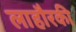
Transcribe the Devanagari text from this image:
लाहौरकी